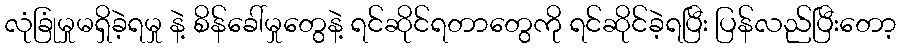
လုံခြုံမှုမရှိခဲ့ရမှု နဲ့ စိန်ခေါ်မှုတွေနဲ့ ရင်ဆိုင်ရတာတွေကို ရင်ဆိုင်ခဲ့ရပြီး ပြန်လည်ပြီးတော့